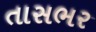
તાસભર